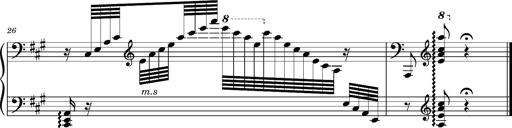
Title: Ungarischer Romanzero
Composer: Franz Liszt